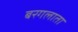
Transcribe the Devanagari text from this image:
बरगलाता